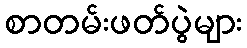
စာတမ်းဖတ်ပွဲများ